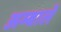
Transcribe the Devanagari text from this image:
अम्बाले